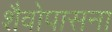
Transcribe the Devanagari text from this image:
शैवोपासना